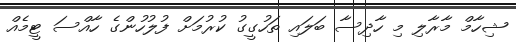
ޝިހާމް މާރާލި މި ހާދިސާ ބަލައި ތަހުގީގު ކުރުމަށް ފުލުހުންގެ ހާއްސަ ޓީމެއް